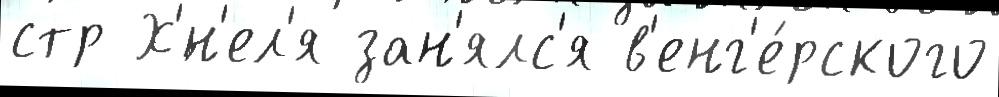
стр Х'́н'ел'я зан'ялс'я в'енг'е́рского